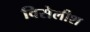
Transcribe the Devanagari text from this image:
विसेलीश